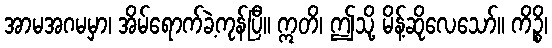
အာမအဂမမှာ၊ အိမ်ရောက်ခဲ့ကုန်ပြီ။ ဣတိ၊ ဤသို့ မိန့်ဆိုလေသော်။ ကိဉ္စိ၊